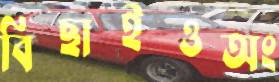
বিছাইওঅং